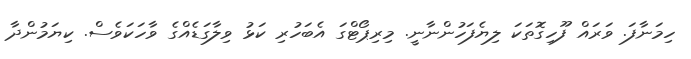
ހިމަނާފަ. ވަރައް ފޫހިގޮތަކަ ލިޔެފަހުންނާނީ. މިރިޕޯޓްގަ އެބަހުރި ކަޅު ވިލާގަޑެއްގެ ވާހަކަވެސް. ކިޔަމުންދާ